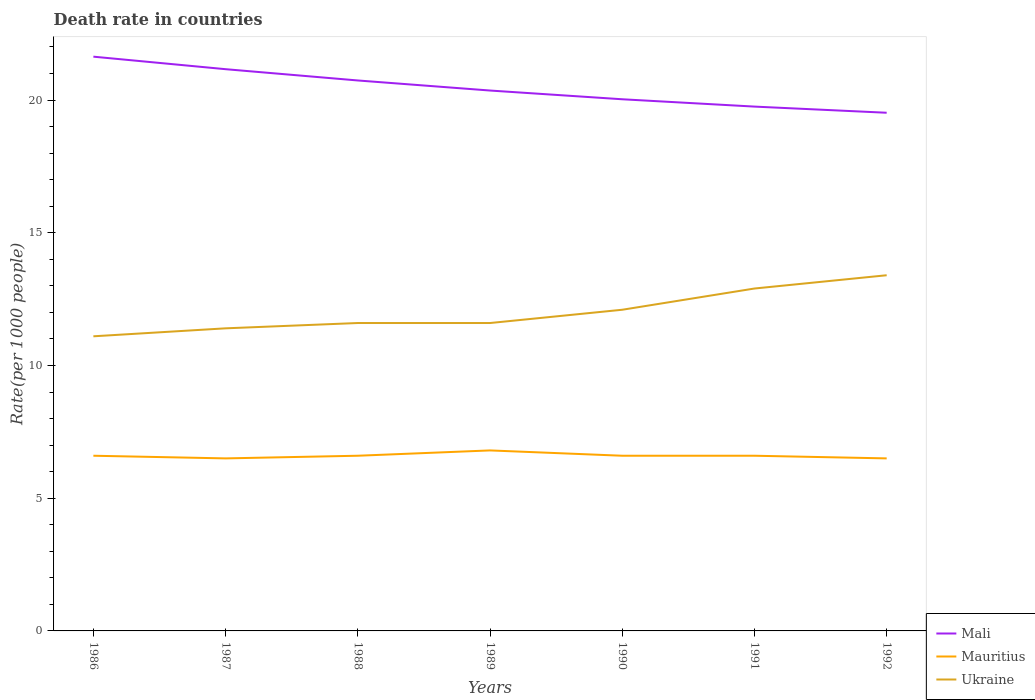
| Years | Mali | Mauritius | Ukraine |
 | --- | --- | --- | --- |
 | 1986 | 21.6 | 6.6 | 11.1 |
 | 1987 | 21.2 | 6.5 | 11.4 |
 | 1988 | 20.7 | 6.6 | 11.6 |
 | 1989 | 20.4 | 6.8 | 11.6 |
 | 1990 | 20 | 6.6 | 12.1 |
 | 1991 | 19.8 | 6.6 | 12.9 |
 | 1992 | 19.5 | 6.5 | 13.4 |